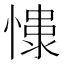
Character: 𢠮